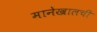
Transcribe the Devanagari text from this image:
मानेखालची